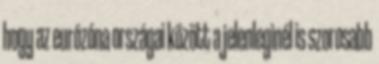
hogy az eurózóna országai között a jelenleginél is szorosabb